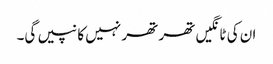
ان کی ٹانگیں تھر تھر نہیں کانپیں گی۔